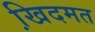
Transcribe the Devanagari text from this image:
खि़दमत